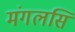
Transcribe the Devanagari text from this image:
मंगलसिं